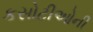
કસોટીઓની